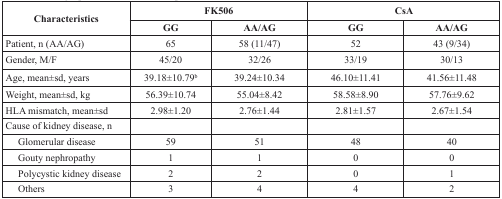
<table><thead><tr><td rowspan="2"><b>Characteristics</b></td><td colspan="2"><b>FK506</b></td><td colspan="2"><b>CsA</b></td></tr><tr><td><b>GG</b></td><td><b>AA/AG</b></td><td><b>GG</b></td><td><b>AA/AG</b></td></tr></thead><tbody><tr><td>Patient, n (AA/AG)</td><td>65</td><td>58 (11/47)</td><td>52</td><td>43 (9/34)</td></tr><tr><td>Gender, M/F</td><td>45/20</td><td>32/26</td><td>33/19</td><td>30/13</td></tr><tr><td>Age, mean±sd, years</td><td>39.18±10.79<sup>b</sup></td><td>39.24±10.34</td><td>46.10±11.41</td><td>41.56±11.48</td></tr><tr><td>Weight, mean±sd, kg</td><td>56.39±10.74</td><td>55.04±8.42</td><td>58.58±8.90</td><td>57.76±9.62</td></tr><tr><td>HLA mismatch, mean±sd</td><td>2.98±1.20</td><td>2.76±1.44</td><td>2.81±1.57</td><td>2.67±1.54</td></tr><tr><td>Cause of kidney disease, n</td><td></td><td></td><td></td><td></td></tr><tr><td> Glomerular disease</td><td>59</td><td>51</td><td>48</td><td>40</td></tr><tr><td> Gouty nephropathy</td><td>1</td><td>1</td><td>0</td><td>0</td></tr><tr><td> Polycystic kidney disease</td><td>2</td><td>2</td><td>0</td><td>1</td></tr><tr><td> Others</td><td>3</td><td>4</td><td>4</td><td>2</td></tr></tbody></table>